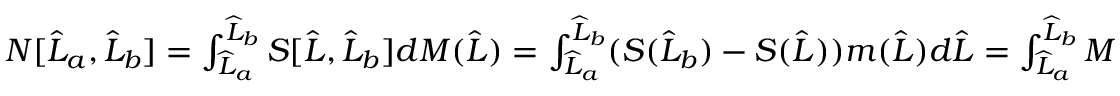
\begin{array} { r } { N [ \widehat { L } _ { a } , \widehat { L } _ { b } ] = \int _ { \widehat { L } _ { a } } ^ { \widehat { L } _ { b } } S [ \widehat { L } , \widehat { L } _ { b } ] d M ( \widehat { L } ) = \int _ { \widehat { L } _ { a } } ^ { \widehat { L } _ { b } } ( S ( \widehat { L } _ { b } ) - S ( \widehat { L } ) ) m ( \widehat { L } ) d \widehat { L } = \int _ { \widehat { L } _ { a } } ^ { \widehat { L } _ { b } } M [ \widehat { L } _ { a } , \widehat { L } ] d S ( \widehat { L } ) \ . } \end{array}